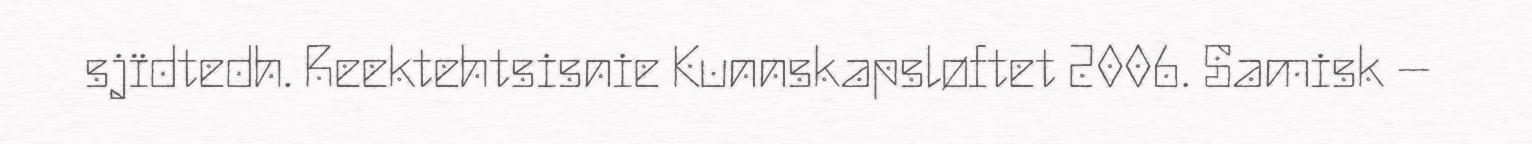
sjïdtedh. Reektehtsisnie Kunnskapsløftet 2006. Samisk –